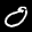
Label: 0